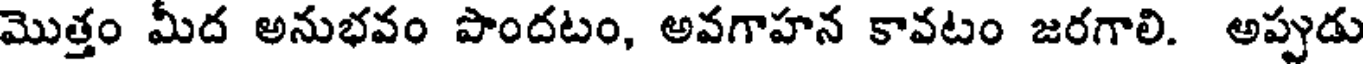
మొత్తం మీద అనుభవం పొందటం, అవగాహన కావటం జరగాలి. అప్పుడు